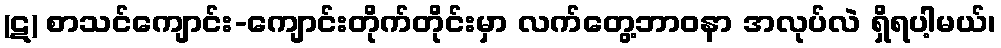
(ဋ) စာသင်ကျောင်း-ကျောင်းတိုက်တိုင်းမှာ လက်တွေ့ဘာဝနာ အလုပ်လဲ ရှိရပါ့မယ်၊